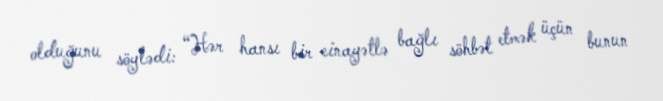
olduğunu söylədi: “Hər hansı bir cinayətlə bağlı söhbət etmək üçün bunun